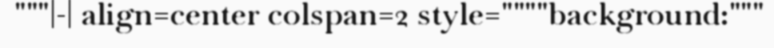
"""|-| align=center colspan=2 style=""""background:"""